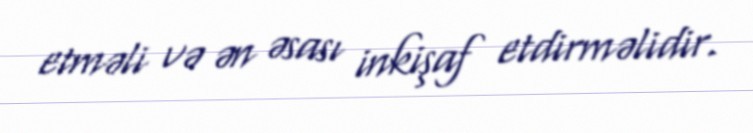
etməli və ən əsası inkişaf etdirməlidir.